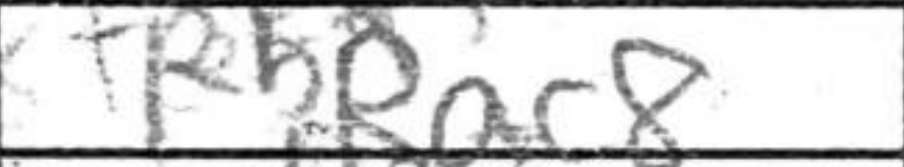
Transcription: Rac8